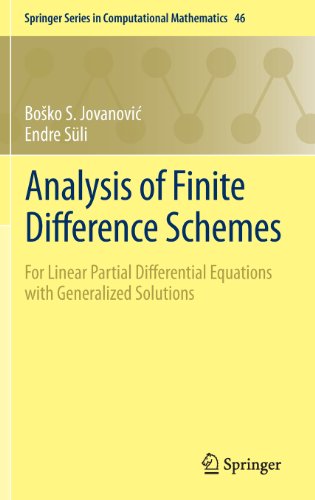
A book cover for Analysis of Finite Difference Schemes: For Linear Partial Differential Equations with Generalized Solutions (Springer Series in Computational Mathematics); Bosko S. Jovanovic; Science & Math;